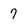
Character: 7